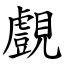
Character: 覻